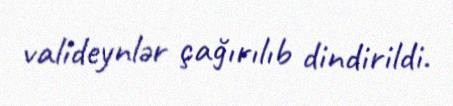
valideynlər çağırılıb dindirildi.